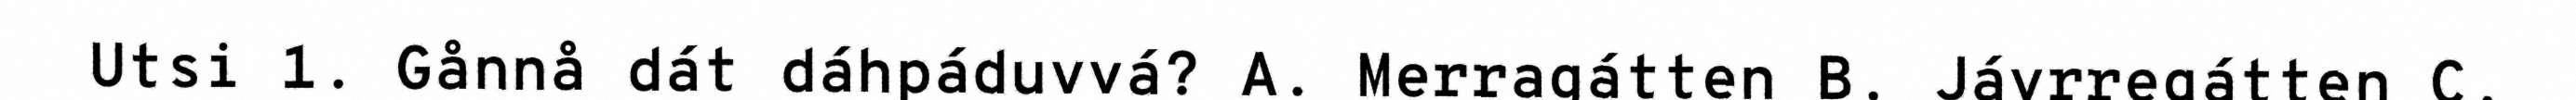
Utsi 1. Gånnå dát dáhpáduvvá? A. Merragátten B. Jávrregátten C.